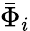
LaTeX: \bar{\Phi}_{i}